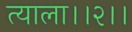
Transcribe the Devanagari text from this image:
त्याला।।२।।